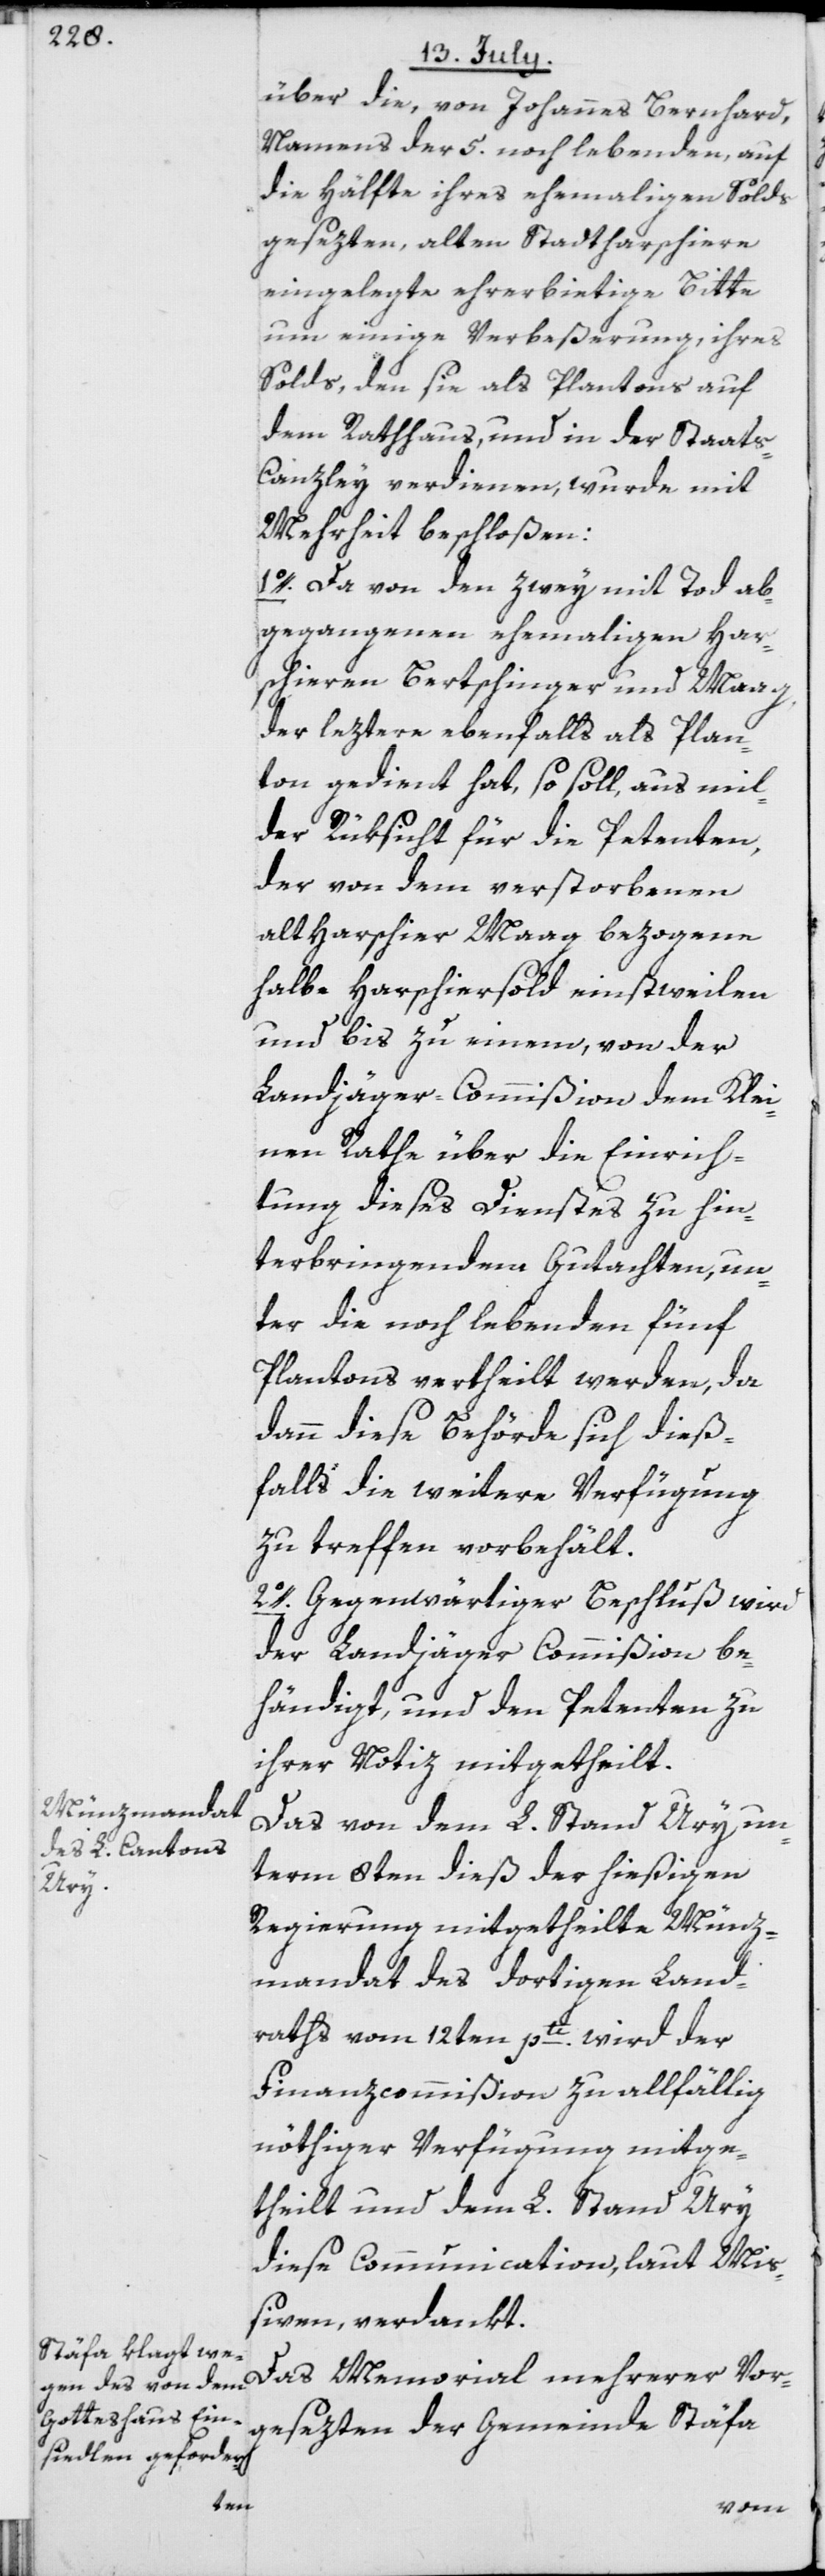
über die, von Johannes Bernhard,
Namens der 5. noch lebenden, auf
die Hälfte ihres ehemaligen Solds
gesezten, alten Stadtharschiere
eingelegte ehrerbietige Bitte
um einige Verbeßerung, ihres
Solds, den sie als Plantons auf
dem Rathhaus, und in der Staat¬
s-Canzley verdienen, wurde mit
Mehrheit beschloßen:
1o. Da von den zwey mit Tod ab¬
gegangenen ehemaligen Har¬
schieren Bertschinger und Maag,
der leztere ebenfalls als Plan¬
ton gedient hat, so soll, aus mil¬
der Rüksicht für die Petenten,
der von dem verstorbenen
alt Harschier Maag bezogene
halbe Harschiersold einstweilen
und bis zu einem, von der
Landjäger-Commißion dem Klei¬
nen Rathe über die Einrich¬
tung dieses Dienstes zu hin¬
terbringenden Gutachten, un¬
ter die noch lebenden fünf
Plantos vertheilt werden, da
dann diese Behörde sich dieß¬
falls die weitere Verfügung
zu treffen vorbehält.
2o. Gegenwärtiger Beschluß wird
der Landjäger Commißion be¬
händigt, und den Petenten zu
ihrer Notiz mitgetheilt.
Das von dem L. Stand Ury un¬
term 8ten dieß der hießigen
Regierung mitgetheilte Münz¬
mandat des dortigen Land¬
raths vom 12ten pti. wird der
Finanzcommißion zu allfällig
nöthiger Verfügung mitge¬
theilt und dem L. Stand Ury
diese Communication, laut Mi¬
ßiven, verdankt.
Das Memorial mehrerer Vor¬
gesezten der Gemeinde Stäfa